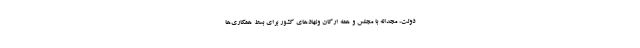
دولت، مجدانه با مجلس و همه ارکان ونهادهای کشور برای بسط همکاری‌ها